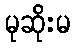
မုဆိုးမ